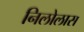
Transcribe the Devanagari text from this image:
निलोलास